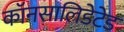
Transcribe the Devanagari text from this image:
कॉनसालिडेटेड